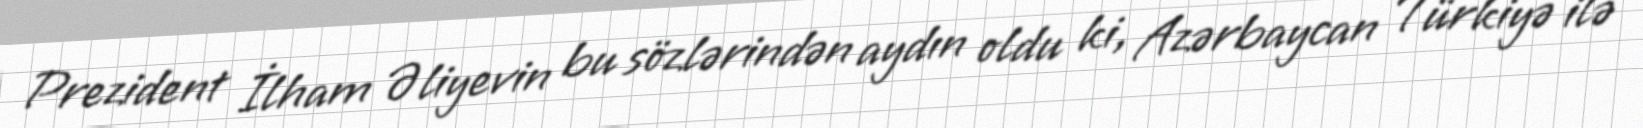
Prezident İlham Əliyevin bu sözlərindən aydın oldu ki, Azərbaycan Türkiyə ilə